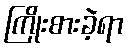
ကြိုးစားခဲ့ရာ